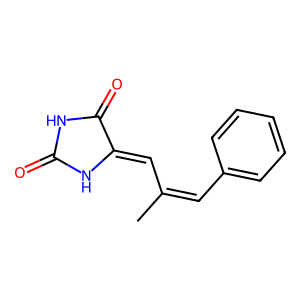
SMILES: CC(=Cc1ccccc1)C=C1NC(=O)NC1=O
Inhibits HIV replication: No